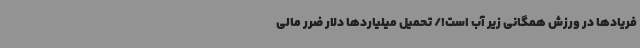
فریادها در ورزش همگانی زیر آب است!/ تحمیل میلیاردها دلار ضرر مالی